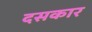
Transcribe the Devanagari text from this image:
दसकार